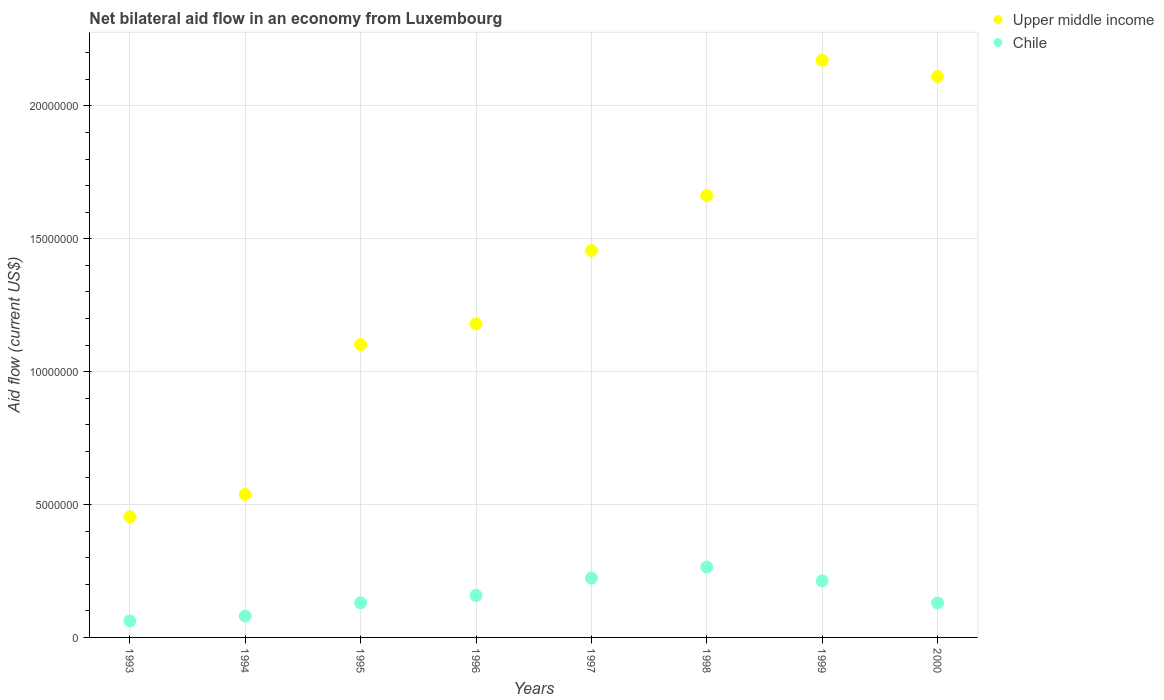
| Years | Upper middle income | Chile |
 | --- | --- | --- |
 | 1993 | 4.54e+06 | 6.2e+05 |
 | 1994 | 5.38e+06 | 8e+05 |
 | 1995 | 1.1e+07 | 1.3e+06 |
 | 1996 | 1.18e+07 | 1.58e+06 |
 | 1997 | 1.46e+07 | 2.23e+06 |
 | 1998 | 1.66e+07 | 2.65e+06 |
 | 1999 | 2.17e+07 | 2.13e+06 |
 | 2000 | 2.11e+07 | 1.3e+06 |